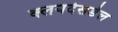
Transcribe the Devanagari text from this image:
क्लयदेसडेल